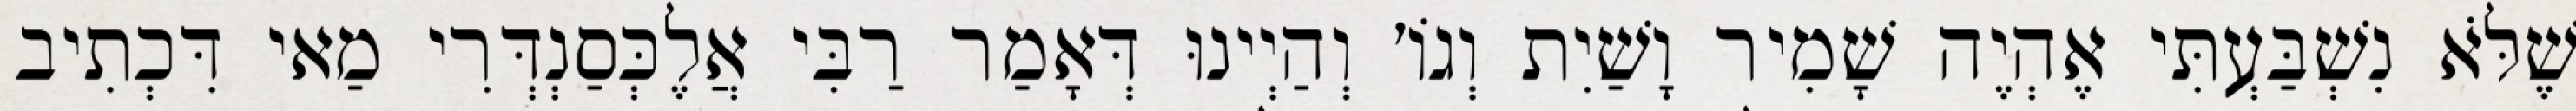
שֶׁלֹּא נִשְׁבַּעְתִּי אֶהְיֶה שָׁמִיר וָשַׁיִת וְגוֹ׳ וְהַיְינוּ דְּאָמַר רַבִּי אֲלֶכְּסַנְדְּרִי מַאי דִּכְתִיב